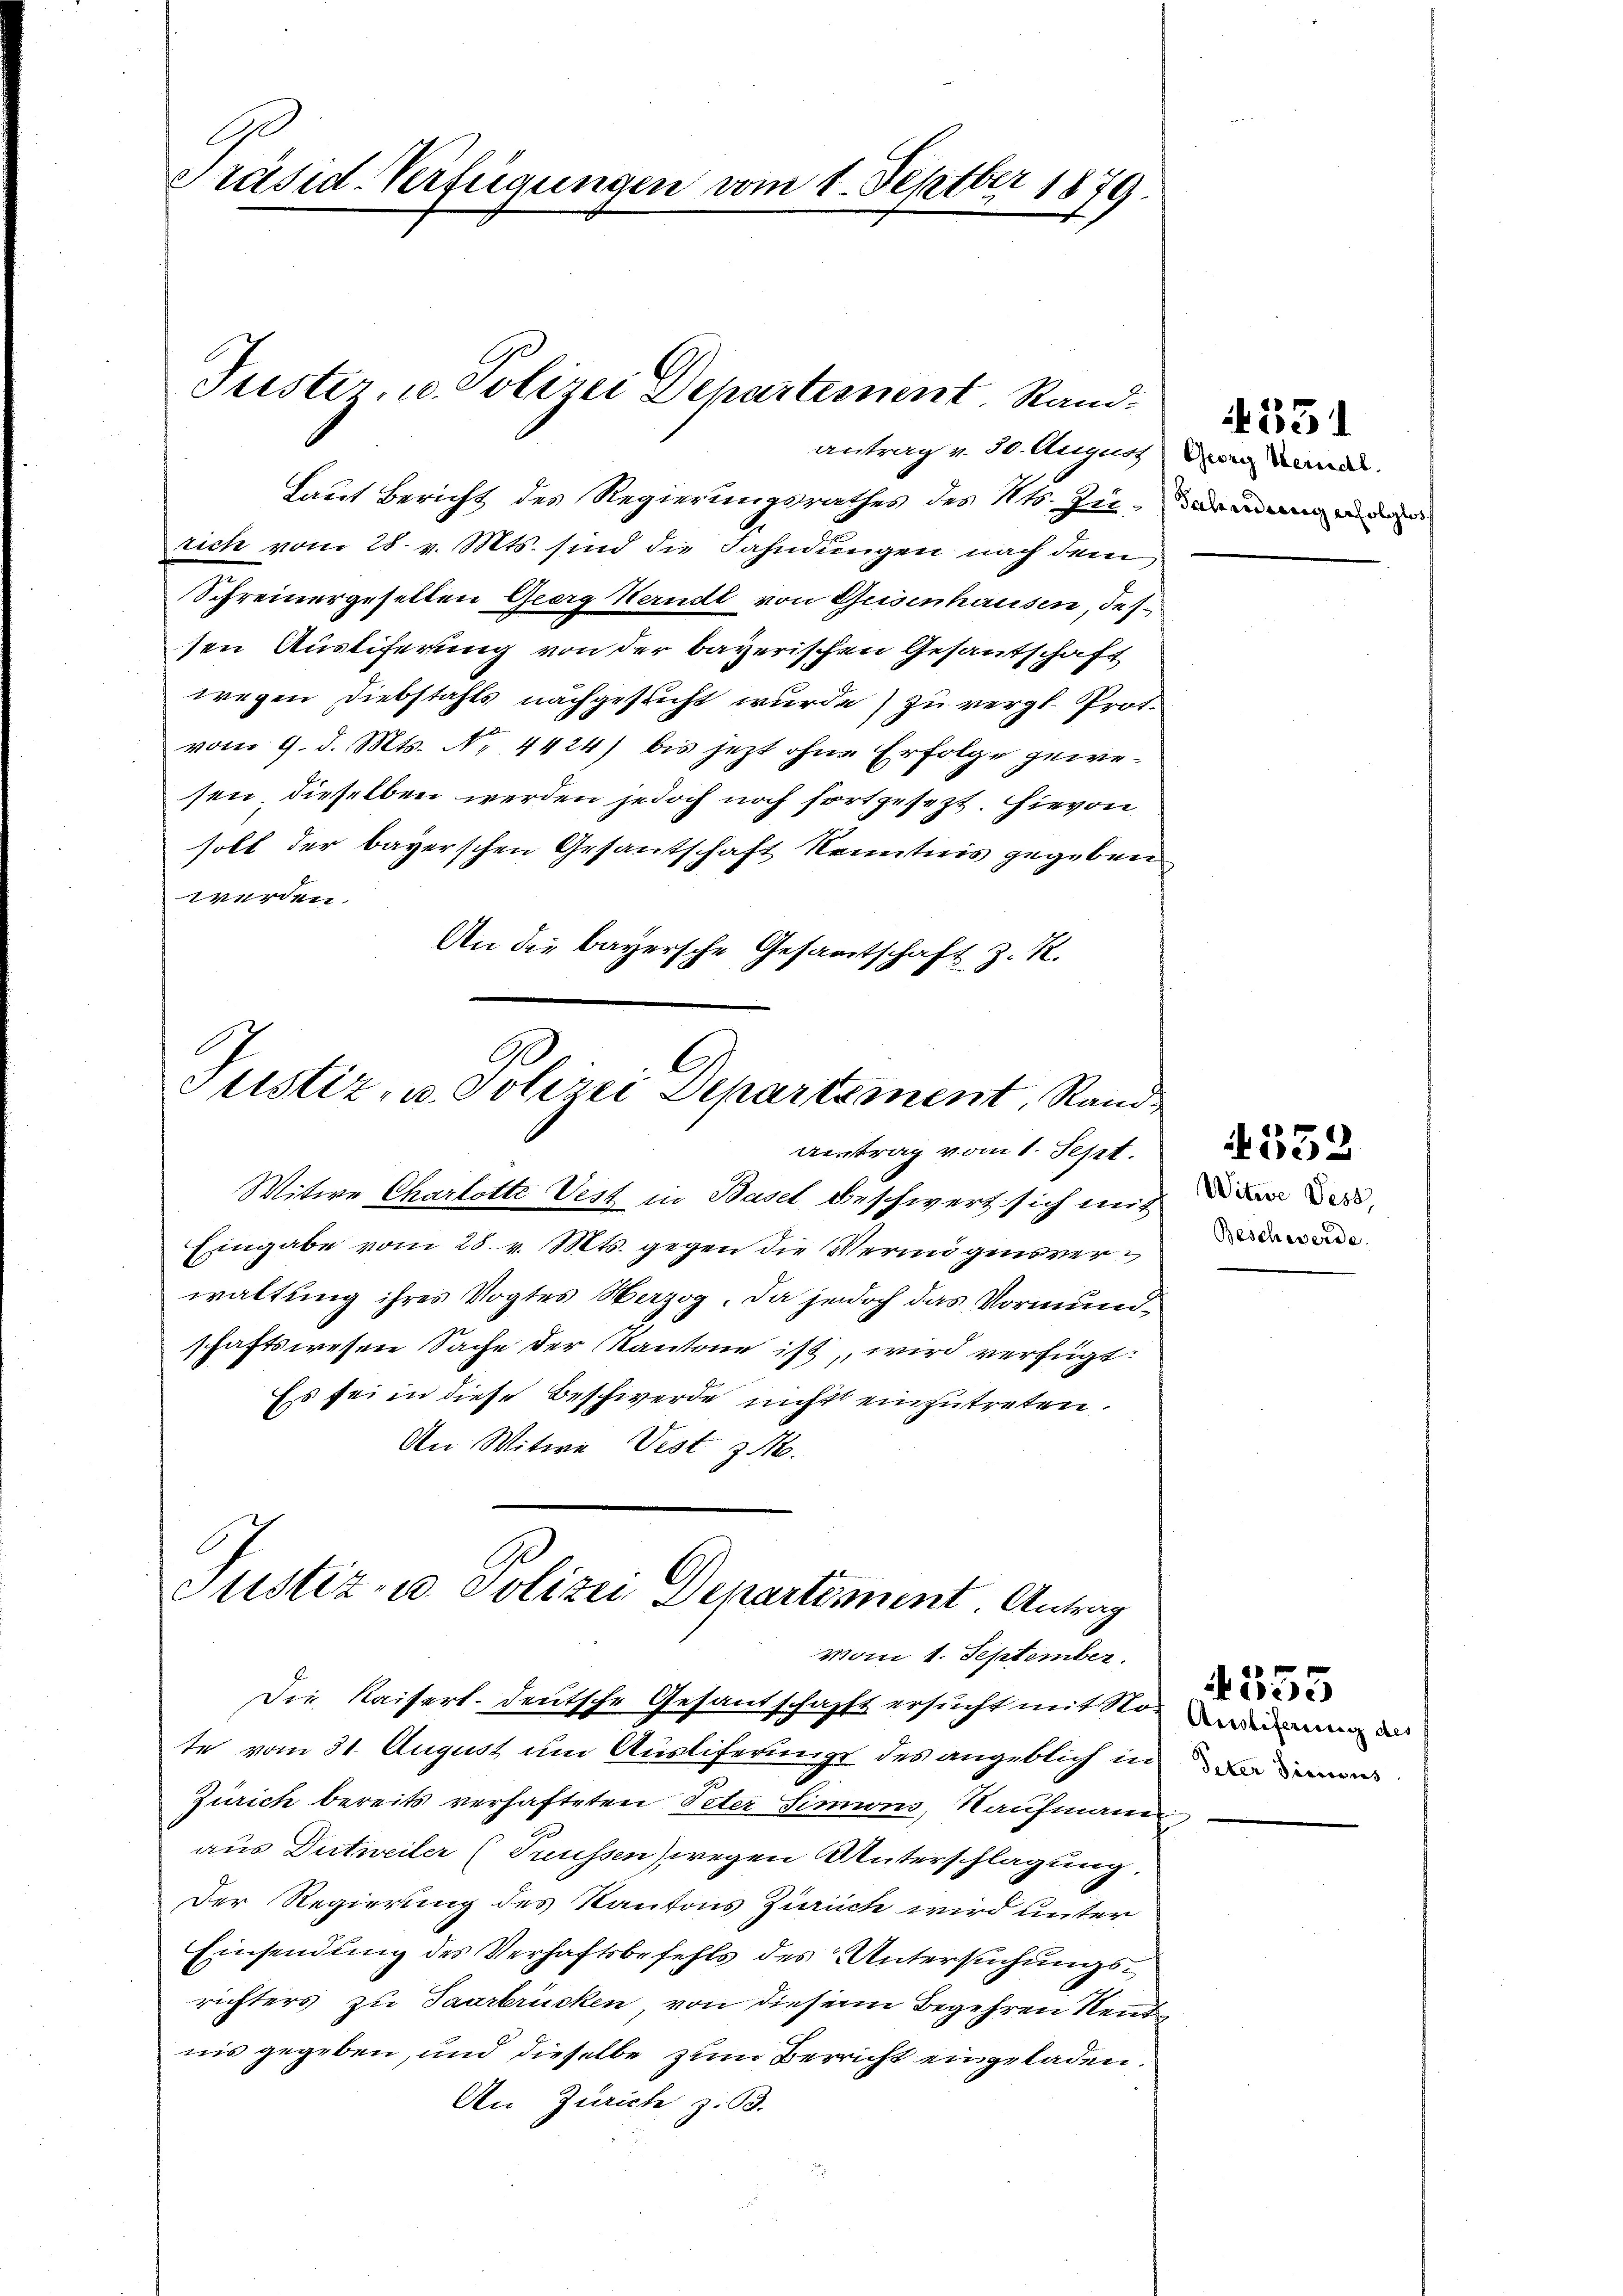
Präsid-Verfügungen vom 1. Septbr 1879.

Tuster, u. Polizei Departement. Standantrag v. 30. Auguss) Georg Keindl.

Laut Bericht des Regierungsrathes des Kts. Zu- daran de
rich vom 28. v. Mts. sind die Fahndungen nach dem
Schreinergesellen Georg Herndl von Geisenhausen, dessen Ausliferung von der bayerischen Gesantschaft
wegen Diebstahls nachgesucht wurde) zu vergl. Prot.
vom 9. d. Mts. No. 4424) bis jetzt ohne Erfolge gewesen dieselben werden jedoch noch fortgesezt. Hievon
soll der bayerschen Gesantschaft Kenntnis gegeben
werden.
An die bayersche Gesamtschaft z. R.

Ge
Justiz, u. Polizei Departement, Randantrag vom 1. Sept.

Witwe Charlotte Vest in Basel beschwert sich mit
Eingabe vom 28. v. Mts. gegen die Vermigensverwaltung ihres Vogtes Herzog. Da jedoch das Vormundschaftswesen Sache der Kantone ist, wird verfügt:
Ess sei in diese Beschwerde nicht einzutreten.
An Witwe Vest z.

Justiz u. Polizei Departement. Antrag
vom 1. September.

te vom 31. August um Ausliferungs des angeblich in
Zürich bereits verhafteten Peter Simions, Kaufmanne
aus Dutweiler (Trüssen) wegen Unterschlagung,
Der Regierung des Kantons Ziauch wird unter
Einsendung des Verhaftsbefehls des Untersuchungsrichters zu Saarbrücken von diesem Begehren Neutnis gegeben, und dieselbe zum Berricht eingeladen.
An Zürich z. B.

Die Kaisert- deutsche Gesandschafft ersucht mit So wenn der

4331

Witwe dess
Beschwerde.

4552

4555